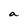
Character: a